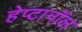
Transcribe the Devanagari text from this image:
हेप्टानॉल